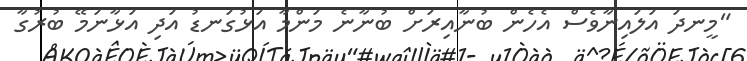
"މީނދަ އަލައިނާވެސް އެހެން ބުނާއިރަށް ބުނާނެ މަންމާ އަޅުގަނޑު އަދި އަޅާނަމޭ ބުރުގާ